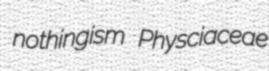
nothingism Physciaceae